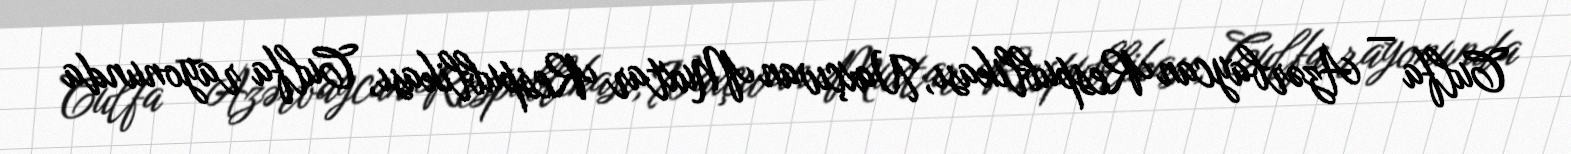
Culfa — Azərbaycan Respublikası, Naxçıvan Muxtar Respublikası, Culfa rayonunda